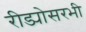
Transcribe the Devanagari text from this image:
रीड्योसरभी